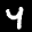
Label: 4